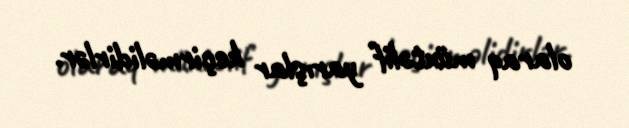
olaraq müxtəlif yarışlar keçirməlidirlər.